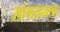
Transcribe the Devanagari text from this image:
सांगतानाचा